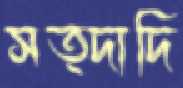
সত্দাদি